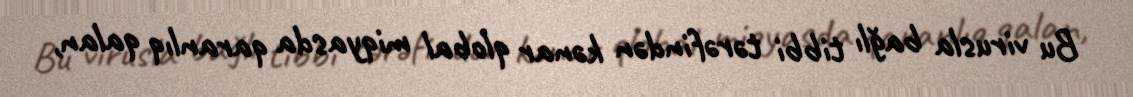
Bu virusla bağlı tibbi tərəfindən kənar qlobal miqyasda qaranlıq qalan,